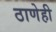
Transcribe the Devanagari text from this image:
ठाणेही